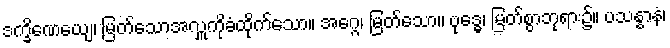
ဒက္ခိဏေယျေ၊ မြတ်သောအလှူကိုခံထိုက်သော။ အဂ္ဂေ၊ မြတ်သော။ ဗုဒ္ဓေ၊ မြတ်စွာဘုရား၌။ ပသန္နာနံ၊